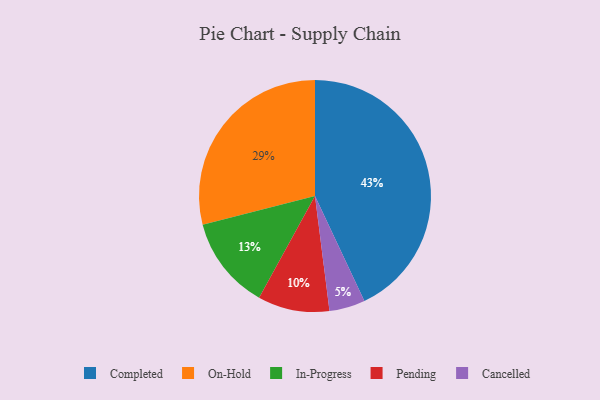
{"axis": {"x": "Category", "y": "Percentage"}, "legend": ["Cancelled", "Completed", "In-Progress", "On-Hold", "Pending"], "data": [{"x": "Pending", "y": 10, "type": "Pending"}, {"x": "On-Hold", "y": 29, "type": "On-Hold"}, {"x": "Completed", "y": 43, "type": "Completed"}, {"x": "In-Progress", "y": 13, "type": "In-Progress"}, {"x": "Cancelled", "y": 5, "type": "Cancelled"}]}